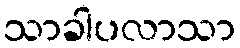
သာခါပလာသာ